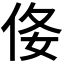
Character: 𠈍